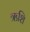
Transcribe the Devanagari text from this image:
ऋशि